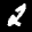
Label: 2